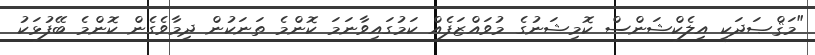
"މަޤްޞަދަކީ އިލެކްޝަންސް ކޮމިޝަނުގެ މުވައްޒަފެއް ކަމުގައިވާނަމަ ކޮންމެ ތަނަކުން ދިމާވެގެން ކޮންމެ ބޭފުޅަކު